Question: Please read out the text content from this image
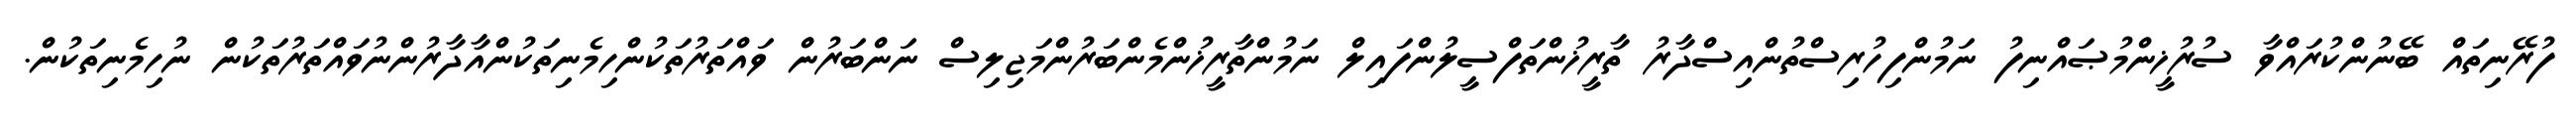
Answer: ފުރޭނިތައް ބޭނުންކުރައްވާ ސުރުޚީންމުޞައްނިފު ނަމުންފިހުރިސްތުންއިސްދާރު ތާރީޚުންތަފްސީލުންފައިލް ނަމުންތާރީޚުންމެންބަރުންމަޖިލިސް ނަންބަރުން ވައްތަރުތަކުންހިމެނިތަކުންއާދާރުންނުވައްތަރުތަކުން ނުހިމެނިތަކުން.